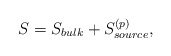
\begin{align*}S = S_{bulk} + S^{(p)}_{source},\end{align*}